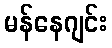
မန်နေဂျင်း